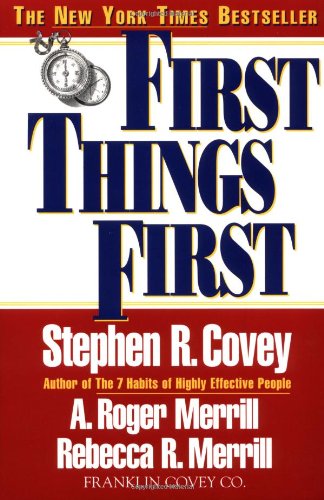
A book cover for First Things First; Stephen R. Covey; Self-Help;